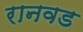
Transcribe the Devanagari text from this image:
रानवड